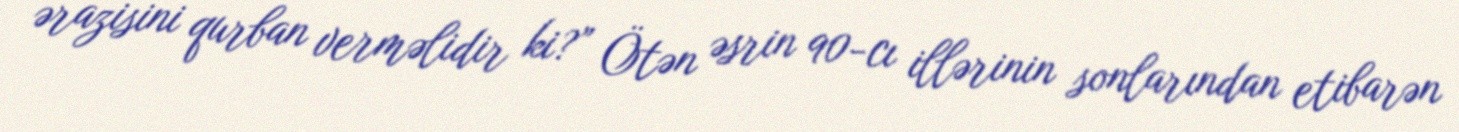
ərazisini qurban verməlidir ki?” Ötən əsrin 90-cı illərinin sonlarından etibarən